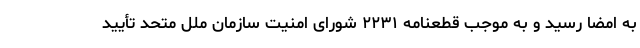
به امضا رسید و به موجب قطعنامه ۲۲۳۱ شورای امنیت سازمان ملل متحد تأیید